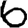
Digit: 6